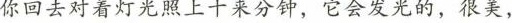
你回去对着灯光照上十来分钟，它会发光的，很美，